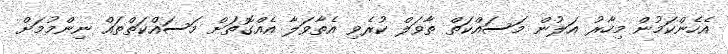
އެހެންކަމުން މިހާރު އަލުން މަސައްކަތް ތާވަލް ކުރެވި އެތާވަލާ އެއްގޮތަށް މަސައްކަތްތައް ނިންމުމަށް